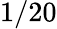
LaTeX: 1/20